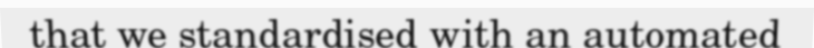
that we standardised with an automated